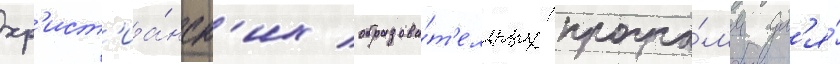
хр'ист'иа́нск'их образова́т'ельных програ́мм дл'я́